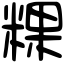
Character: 粿